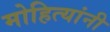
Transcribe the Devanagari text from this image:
मोहित्यांनी